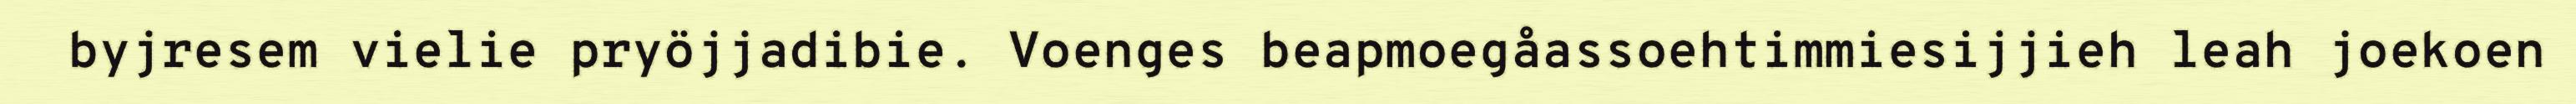
byjresem vielie pryöjjadibie. Voenges beapmoegåassoehtimmiesijjieh leah joekoen